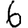
Digit: 6